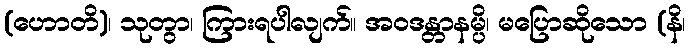
(ဟောတိ)၊ သုတွာ၊ ကြားရပါလျက်။ အဝဒန္တာနမ္ပိ၊ မပြောဆိုသော (နိ၊